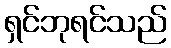
ရှင်ဘုရင်သည်